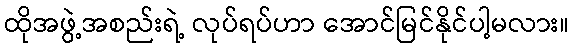
ထိုအဖွဲ့အစည်းရဲ့ လုပ်ရပ်ဟာ အောင်မြင်နိုင်ပါ့မလား။